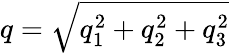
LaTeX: q=\sqrt{q_{1}^{2}+q_{2}^{2}+q_{3}^{2}}